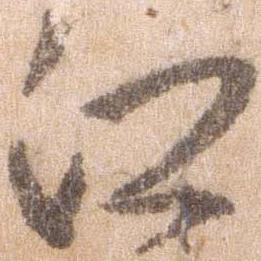
江